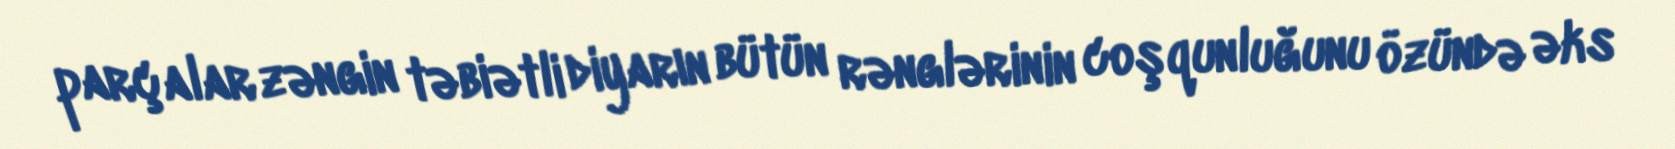
parçalar zəngin təbiətli diyarın bütün rənglərinin coşqunluğunu özündə əks